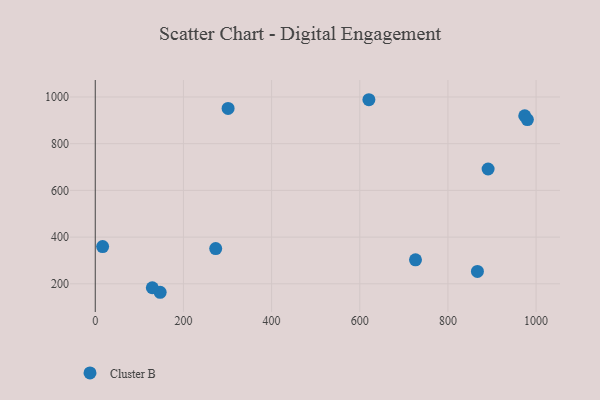
{"axis": {"x": "Distance", "y": "Sales"}, "legend": ["Cluster B"], "data": [{"x": "301.3", "y": 950.9, "type": "Cluster B"}, {"x": "147.2", "y": 163.9, "type": "Cluster B"}, {"x": "974.2", "y": 919.7, "type": "Cluster B"}, {"x": "891.1", "y": 691.7, "type": "Cluster B"}, {"x": "16.7", "y": 359.5, "type": "Cluster B"}, {"x": "980.2", "y": 903.3, "type": "Cluster B"}, {"x": "620.7", "y": 988.2, "type": "Cluster B"}, {"x": "866.9", "y": 253.0, "type": "Cluster B"}, {"x": "129.4", "y": 183.2, "type": "Cluster B"}, {"x": "273.2", "y": 351.0, "type": "Cluster B"}, {"x": "726.4", "y": 302.9, "type": "Cluster B"}]}